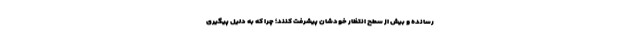
رسانده و بیش از سطح انتظار خودشان پیشرفت کنند؛ چرا که به دلیل پیگیری